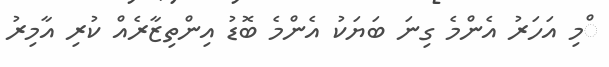
ްމި އަހަރު އެންމެ ގިނަ ބަޔަކު އެންމެ ބޮޑު އިންތިޒާރެއް ކުރި އާމިރު